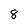
Character: 8